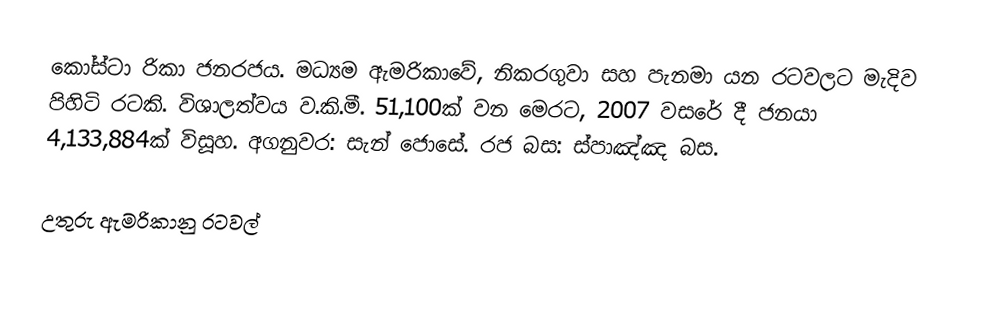
කෝස්ටා රිකා ජනරජය. මධ්‍යම ඇමරිකාවේ, නිකරගුවා සහ පැනමා යන රටවලට මැදිව පිහිටි රටකි. විශාලත්වය ව.කි.මී. 51,100ක් වන මෙරට, 2007 වසරේ දී ජනයා 4,133,884ක් විසූහ. අගනුවර: සැන් ජොසේ. රජ බස: ස්පාඤ්ඤ බස.

උතුරු ඇමරිකානු රටවල්